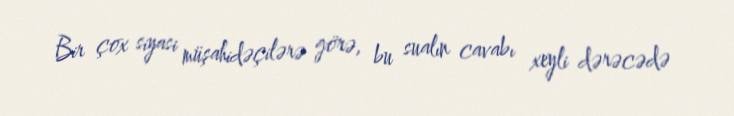
Bir çox siyasi müşahidəçilərə görə, bu sualın cavabı xeyli dərəcədə